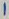
Text: 1